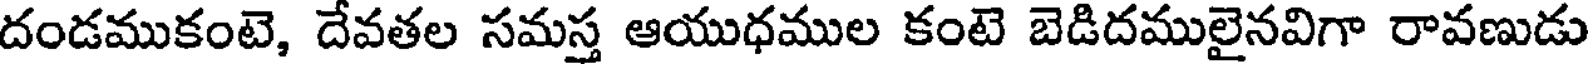
దండముకంటె, దేవతల సమస్త ఆయుధముల కంటె బెడిదములైనవిగా రావణుడు